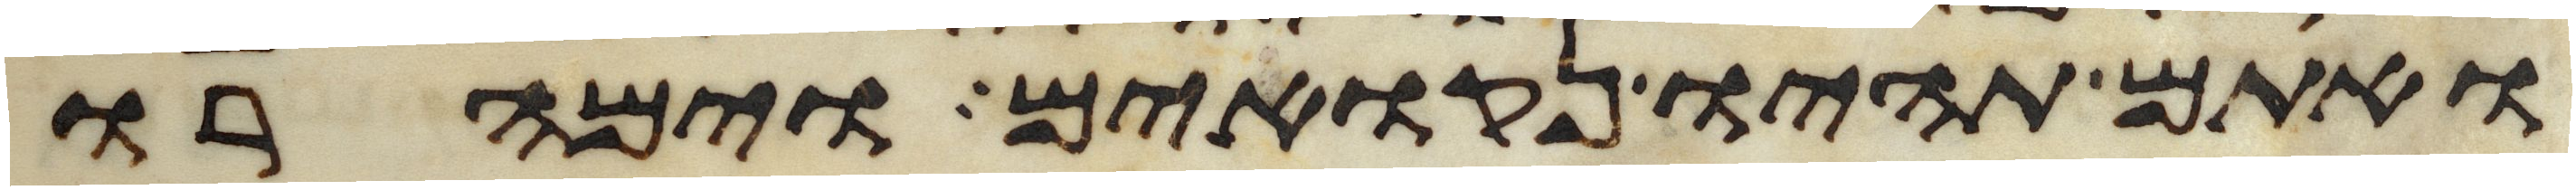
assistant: ואתם תהיו נקואים וימהרו